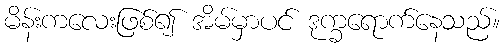
မိန်းကလေးဖြစ်၍ အိမ်မှာပင် ဒုက္ခရောက်နေသည်။